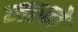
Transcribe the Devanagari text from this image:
जल्ने